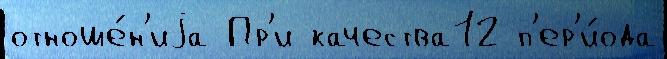
отноше́н'иjа Пр'и качества12 п'ер'и́ода